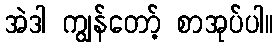
အဲဒါ ကျွန်တော့် စာအုပ်ပါ။